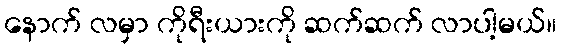
နောက် လမှာ ကိုရီးယားကို ဆက်ဆက် လာပါ့မယ်။